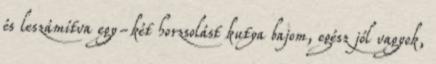
és leszámítva egy-két horzsolást kutya bajom, egész jól vagyok,